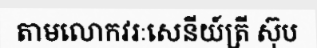
តាមលោកវរៈសេនីយ៍ត្រី ស៊ុប